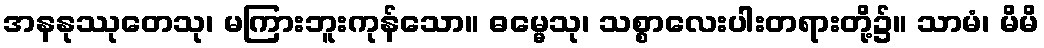
အနနုဿုတေသု၊ မကြားဘူးကုန်သော။ ဓမ္မေသု၊ သစ္စာလေးပါးတရားတို့၌။ သာမံ၊ မိမိ